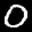
Label: 0